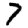
Digit: 7